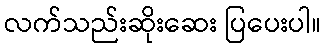
လက်သည်းဆိုးဆေး ပြပေးပါ။